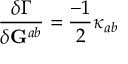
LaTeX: \frac { \delta \Gamma } { \delta { \bf G } ^ { a b } } = \frac { - 1 } 2 \kappa _ { a b }